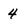
Character: 4